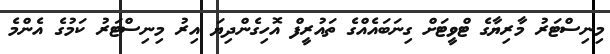
މިނިސްޓަރު މާރިޔާގެ ޓްވީޓަށް ގިނަބައެއްގެ ތައުރީފް އޮހިގެންދިޔަ އިރު މިނިސްޓަރު ކަމުގެ އެންމެ